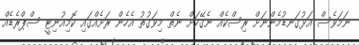
ނަމަވެސް އަޅުގަނޑުމެންނަށް ރިސްކެއް ނެގޭކަށް ނެތް މިވަގުތު އެހެން ރަށެއްގައި ކޮމިއުނިޓީ ސްޕްރެޑެއް